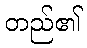
တည်၏